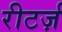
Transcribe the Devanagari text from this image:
रीटर्ज़